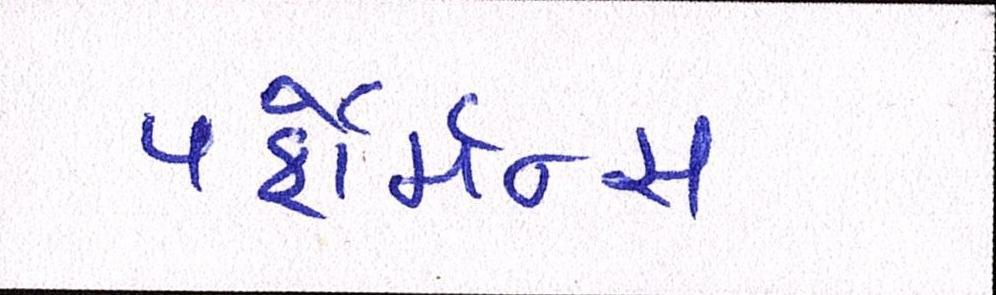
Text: પર્ફોર્મન્સ